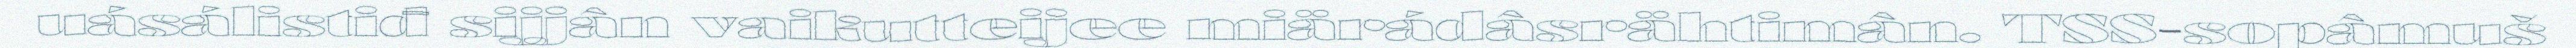
uásálistiđ sijjân vaikutteijee miärádâsrähtimân. TSS-sopâmuš